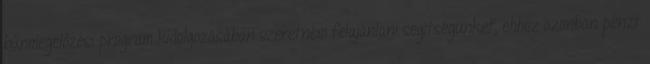
bűnmegelőzési program kidolgozásában szeretném felajánlani segítségünket, ehhez azonban pénzt